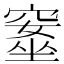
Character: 𥧚